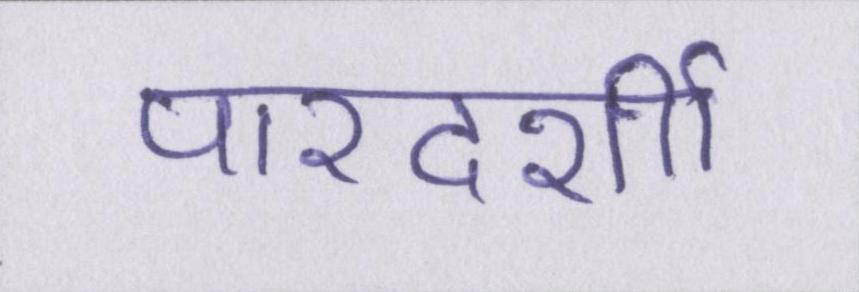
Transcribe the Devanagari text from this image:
पारदर्शी